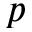
p